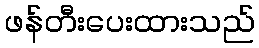
ဖန်တီးပေးထားသည်